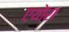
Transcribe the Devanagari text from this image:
एयोरा